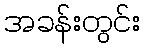
အခန်းတွင်း